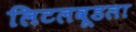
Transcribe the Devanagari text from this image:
लिटलवूडला